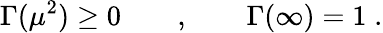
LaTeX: \Gamma(\mu^{2})\ge 0\qquad,\qquad\Gamma(\infty)=1\; .